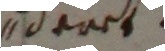
deret.